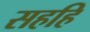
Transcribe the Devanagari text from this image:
सहहि